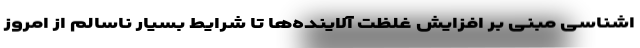
اشناسی مبنی بر افزایش غلظت آلاینده‌ها تا شرایط بسیار ناسالم از امروز